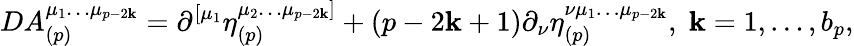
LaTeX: DA_{(p)}^{\mu_{1}\ldots\mu_{p-2\mathbf{k}}}=\partial^{\left[\mu_{1}\right.}\eta_{(p)}^{\left.\mu_{2}\ldots\mu_{p-2\mathbf{k}}\right]}+\left(p-2\mathbf{k}+1\right)\partial_{\nu}\eta_{(p)}^{\nu\mu_{1}\ldots\mu_{p-2\mathbf{k}}},\; \mathbf{k}=1,\ldots,b_{p},